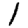
Digit: 1